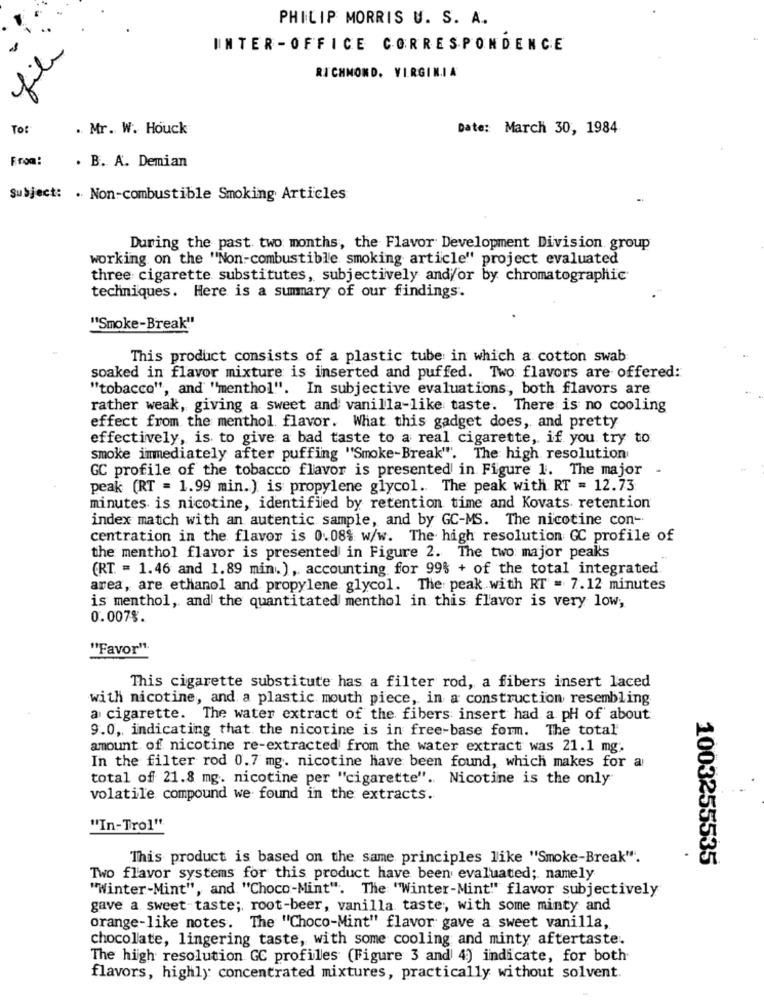
PHILIP MORRIS U. S. A.
INTER-OFFICE CORRESPONDENCE
RICHMOND, VIRGINIA
To:
. Mr. W. Houck
Date: March 30, 1984
From:
. B. A. Demian
Subject: . Non-combustible Smoking Articles
During the past two months, the Flavor Development Division group
working on the "Non-combustible smoking article" project evaluated
three cigarette substitutes, subjectively and/or by chromatographic
techniques. Here is a summary of our findings.
"Smoke-Break"
This product consists of a plastic tube in which a cotton swab
soaked in flavor mixture is inserted and puffed. Two flavors are offered:
"tobacco", and "menthol". In subjective evaluations, both flavors are
rather weak, giving a sweet and vanilla-like taste. There is no cooling
effect from the menthol flavor. What this gadget does, and pretty
effectively, is to give a bad taste to a real cigarette, if you try to
smoke immediately after puffing "Smoke-Break". The high resolution
GC profile of the tobacco flavor is presented in Figure 1. The major
-
peak (RT = 1.99 min.) is propylene glycol .. The peak with RT = 12.73
minutes is nicotine, identified by retention time and Kovats retention
index match with an autentic sample, and by GC-MS. The nicotine con-
centration in the flavor is 0.08% w/w. The high resolution GC profile of
the menthol flavor is presented in Figure 2. The two major peaks
(RT = 1.46 and 1.89 min.), accounting for 99% + of the total integrated.
area, are ethanol and propylene glycol. The peak with RT = 7.12 minutes
is menthol, and the quantitated menthol in this flavor is very low,
0.007%.
"Favor"
This cigarette substitute has a filter rod, a fibers insert laced
with nicotine, and a plastic mouth piece, in a construction resembling
a cigarette. The water extract of the fibers insert had a pH of about
9.0, indicating that the nicotine is in free-base form. The total
amount of nicotine re-extracted from the water extract was 21.1 mg.
In the filter rod 0.7 mg. nicotine have been found, which makes for a
total of 21.8 mg. nicotine per "cigarette". Nicotine is the only
volatile compound we found in the extracts.
"In-Trol"
This product is based on the same principles like "Smoke-Break".
1003255535
Two flavor systems for this product have been evaluated; namely
"Winter-Mint", and "Choco-Mint". The "Winter-Mint" flavor subjectively
gave a sweet taste; root-beer, vanilla taste; with some minty and
orange-like notes. The "Choco-Mint" flavor gave a sweet vanilla,
chocolate, lingering taste, with some cooling and minty aftertaste.
The high resolution GC profilles (Figure 3 and 4) indicate, for both
flavors, highly concentrated mixtures, practically without solvent.